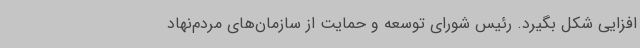
افزایی شکل بگیرد. رئیس شورای توسعه و حمایت از سازمان‌های مردم‌نهاد